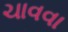
ચાવવા